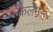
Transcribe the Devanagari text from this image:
कैलेमस